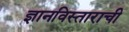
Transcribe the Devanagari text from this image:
ज्ञानविस्ताराची